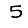
Digit: 5